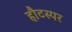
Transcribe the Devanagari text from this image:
हौटस्पर